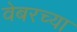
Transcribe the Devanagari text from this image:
वेबरच्या